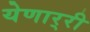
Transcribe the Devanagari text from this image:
येणार्‍री